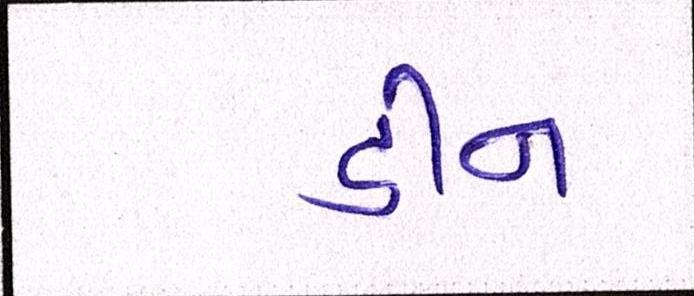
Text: ડીન